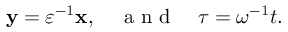
\begin{array} { r } { \mathbf y = \varepsilon ^ { - 1 } \mathbf x , \quad \mathrm { ~ a ~ n ~ d ~ } \quad \tau = \omega ^ { - 1 } t . } \end{array}